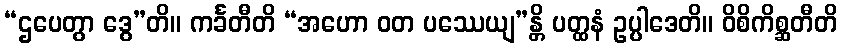
“ဌပေတွာ ဒွေ”တိ။ ကင်္ခတီတိ “အဟော ဝတ ပဿေယျ”န္တိ ပတ္ထနံ ဥပ္ပါဒေတိ။ ဝိစိကိစ္ဆတီတိ